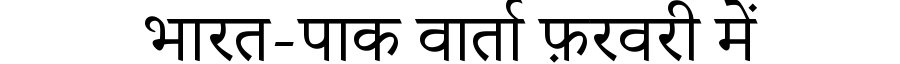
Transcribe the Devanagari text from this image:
भारत-पाक वार्ता फ़रवरी में